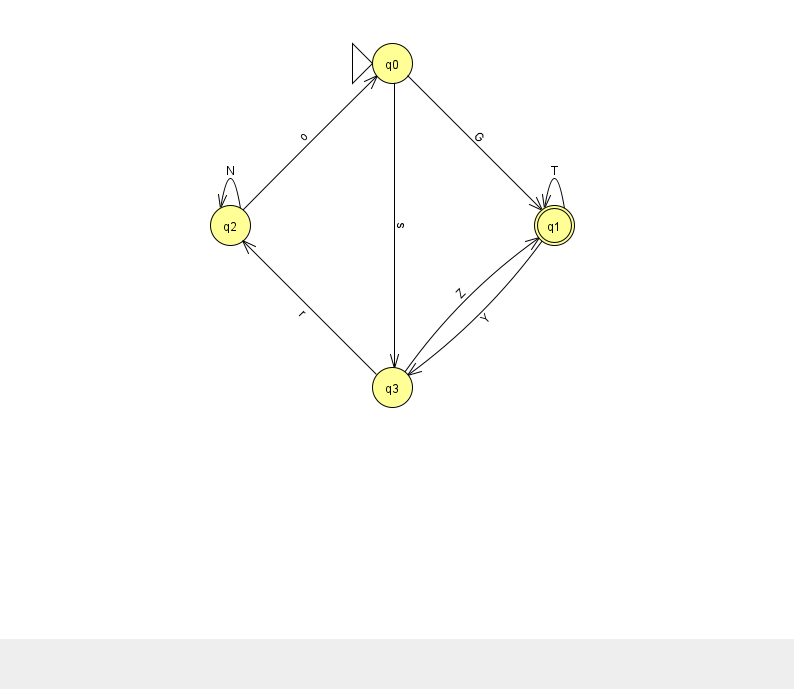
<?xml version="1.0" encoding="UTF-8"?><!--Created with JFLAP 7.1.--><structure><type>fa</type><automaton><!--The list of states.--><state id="0" name="q0"><x>392.0</x><y>50.0</y><initial/></state><state id="1" name="q1"><x>554.0</x><y>212.0</y><final/></state><state id="2" name="q2"><x>230.0</x><y>212.0</y></state><state id="3" name="q3"><x>392.0</x><y>374.0</y></state><!--The list of transitions.--><transition><from>3</from><to>2</to><read>r</read></transition><transition><from>0</from><to>3</to><read>s</read></transition><transition><from>0</from><to>1</to><read>G</read></transition><transition><from>1</from><to>1</to><read>T</read></transition><transition><from>3</from><to>1</to><read>Z</read></transition><transition><from>1</from><to>3</to><read>Y</read></transition><transition><from>2</from><to>0</to><read>o</read></transition><transition><from>2</from><to>2</to><read>N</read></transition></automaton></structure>